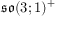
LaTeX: { \mathfrak { s o } } ( 3 ; 1 ) ^ { + }